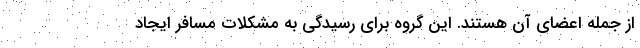
از جمله اعضای آن هستند. این گروه برای رسیدگی به مشکلات مسافر ایجاد